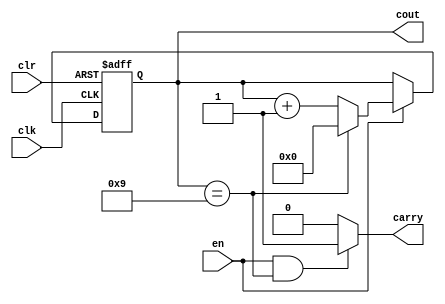
`timescale 1ns / 1ps
module m10_counter(clr,clk,en,cout,carry);
    input clr,clk;
    input en;
    output carry;
    output reg [3:0] cout;
    always@(posedge clk or negedge clr)
        begin
            if(!clr)
                begin
                    cout<=0;
                end          //0
            else if(en==1)  //
                begin
                    if (cout==9)    //+19
                        begin 
                            cout<=0;      //0
                        end
                    else cout<=cout+1;       //1
                end
            end
               //9Carry1
            assign carry=((en==1)&&(cout==9))?1'b1:1'b0;
endmodule

module m6_counter(clr,clk,en,cout,carry);
	input clk,clr;
	input en;               //
	output carry;              //
	output reg [3:0] cout=0;     // 
         always @(posedge clk or negedge clr)  //
              begin
                  if(!clr)       //
                      begin 
                          cout<=0;
                      end          //0
                  else if(en==1)  //
                      begin
                          if (cout==5)    //+15
                              begin 
                                  cout<=0;      //0
                              end
                          else cout<=cout+1;       //1
                      end
              end
               //5Carry1
              assign carry=((en==1)&&(cout==5))?1'b1:1'b0;
endmodule